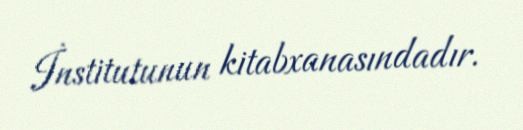
İnstitutunun kitabxanasındadır.